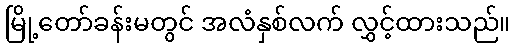
မြို့တော်ခန်းမတွင် အလံနှစ်လက် လွှင့်ထားသည်။